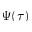
\Psi ( \tau )